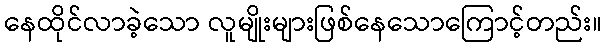
နေထိုင်လာခဲ့သော လူမျိုးများဖြစ်နေသောကြောင့်တည်း။